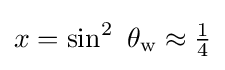
x=\sin ^{2}\ \theta _{\text{w}}\approx {\tfrac {1}{4}}